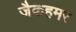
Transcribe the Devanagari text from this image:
जैकहमर